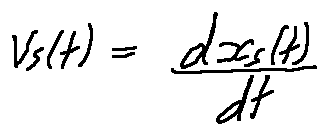
v _ { s } ( t ) = \frac { d x _ { s } ( t ) } { d t }